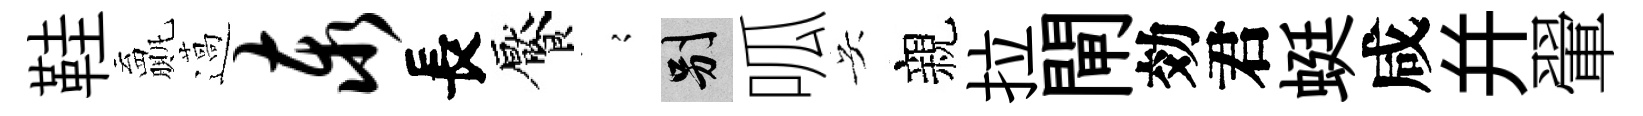
鞋贏薖泰長饜𡪹别呱吴親拉閘効君蜓咸并翬